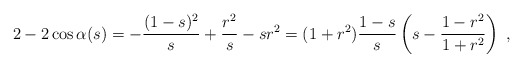
\begin{align*} 2-2\cos\alpha(s)&=-\frac{(1-s)^2}s+\frac{r^2}s-sr^2 =(1+r^2)\frac{1-s}s \left(s-\frac{1-r^2}{1+r^2}\right)\ , \end{align*}